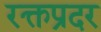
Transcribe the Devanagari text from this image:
रक्तप्रदर